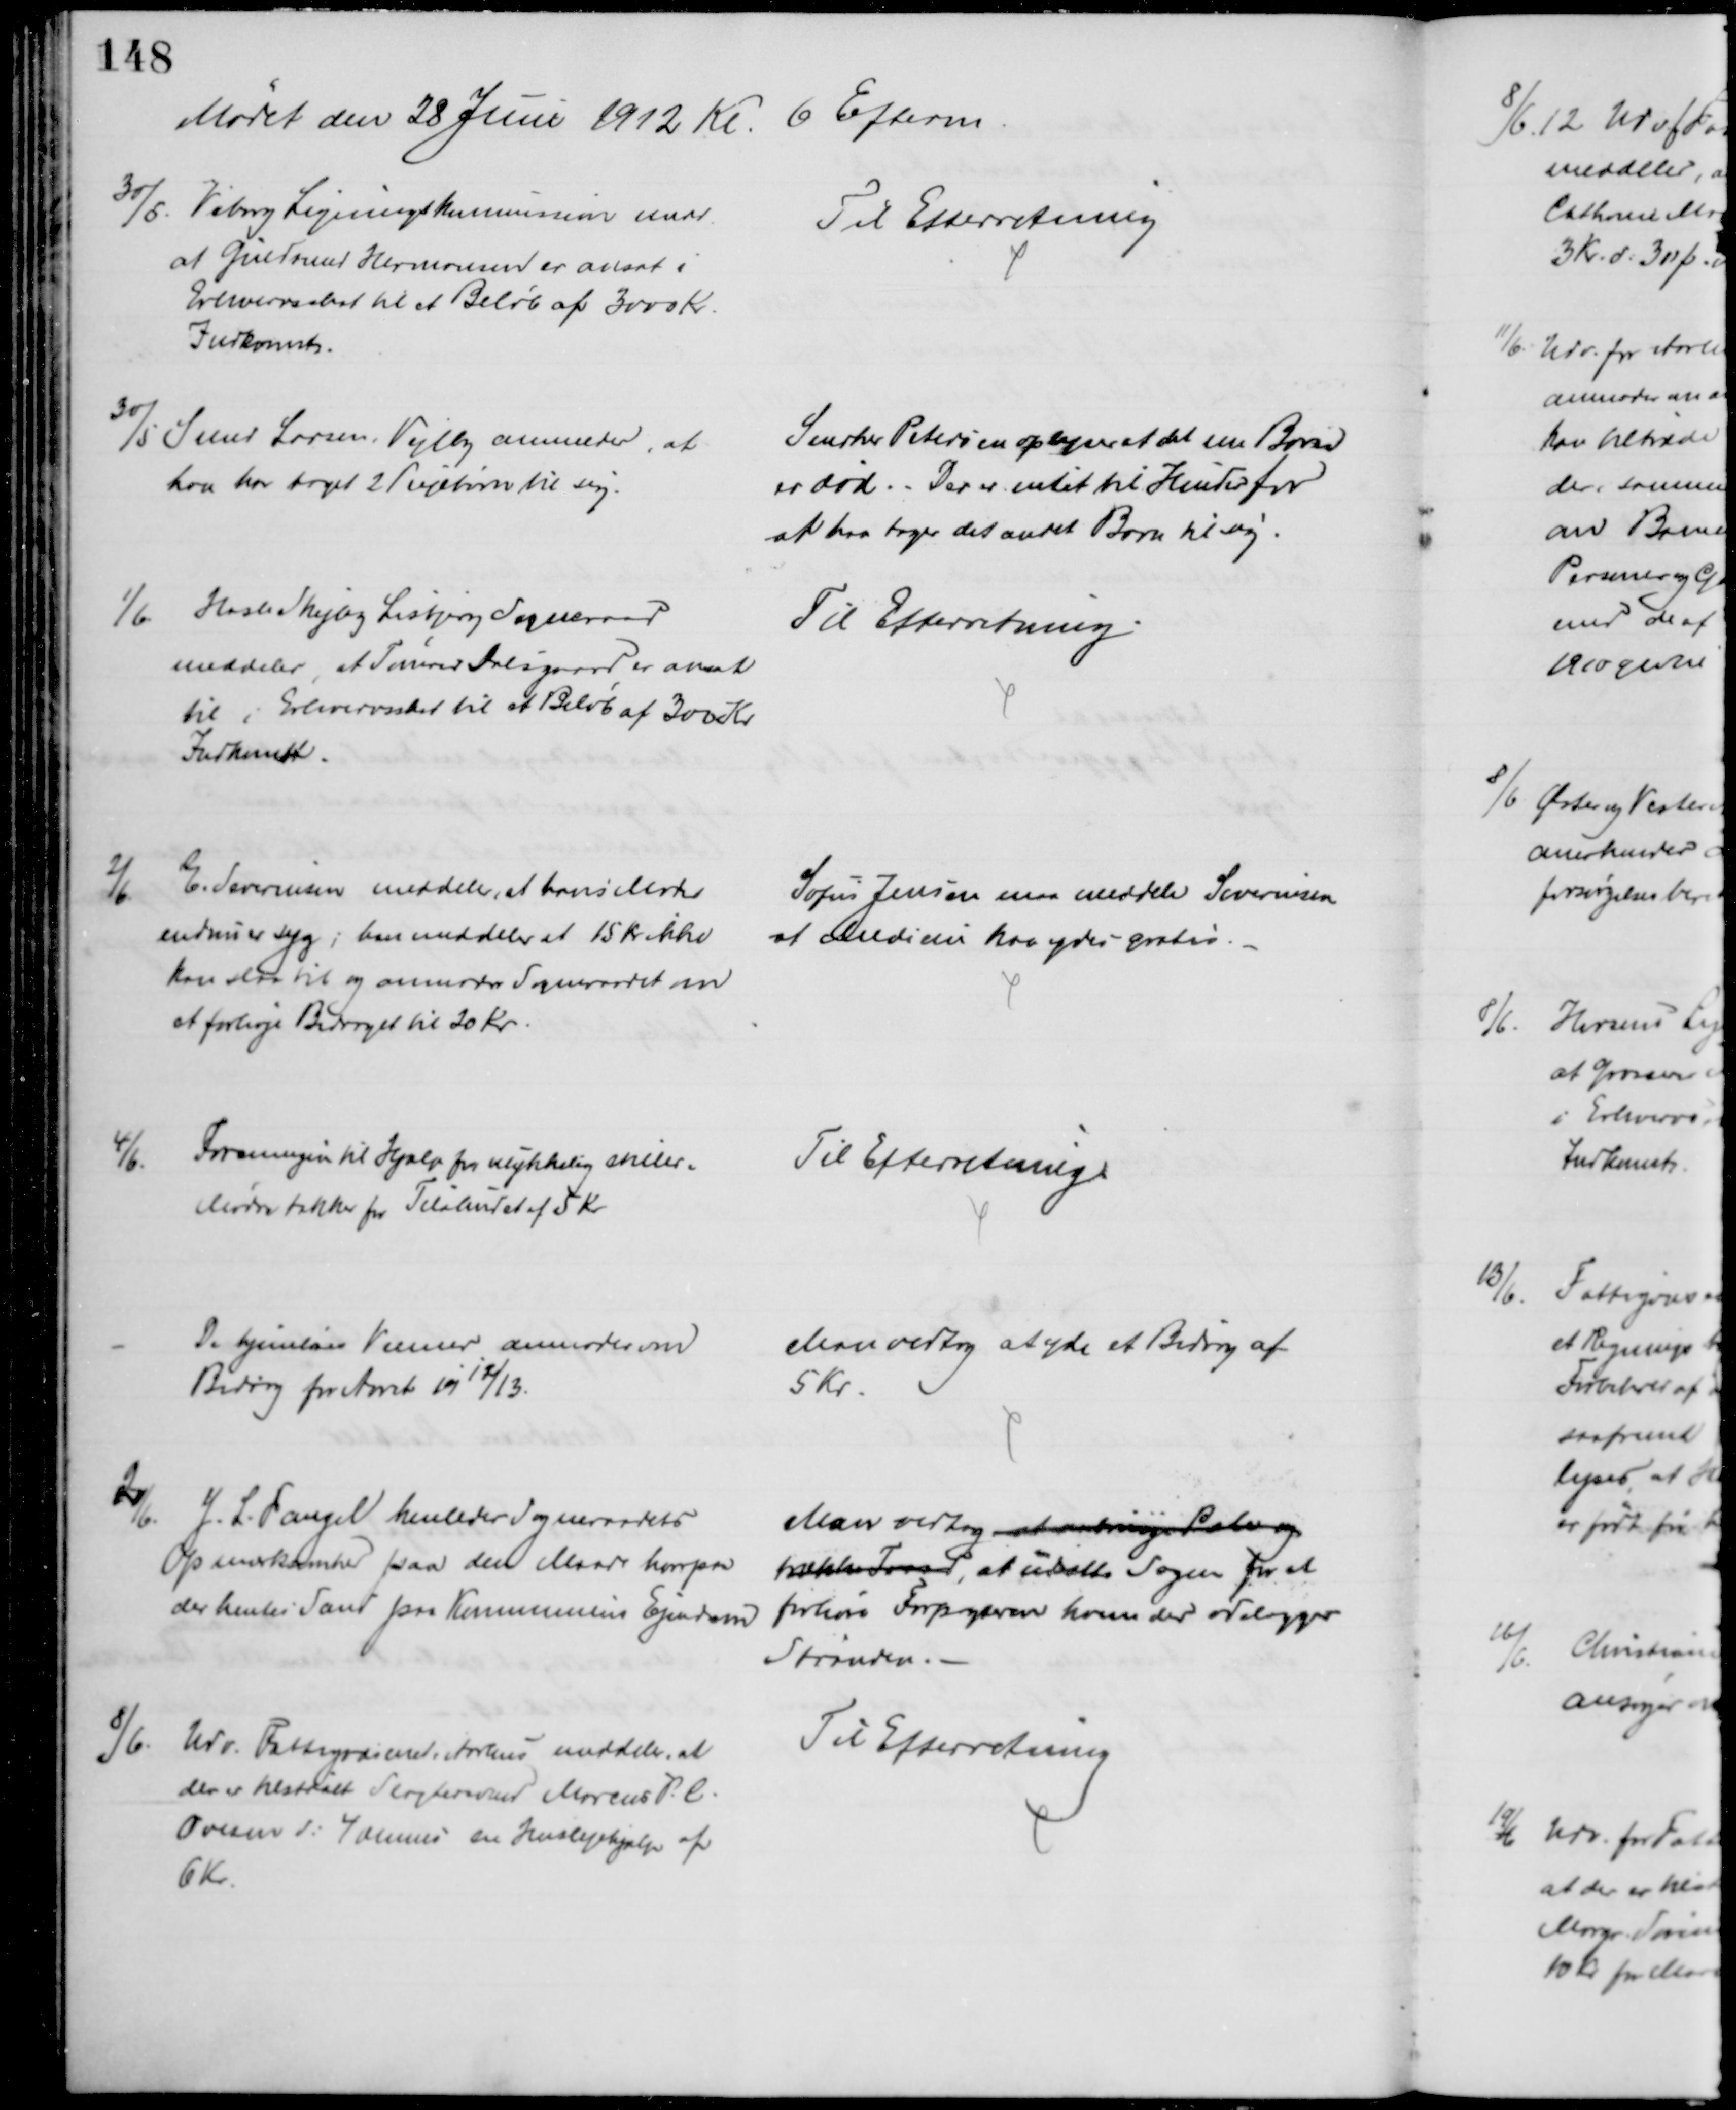
Transskription:
Mødet den 28 Juni 1912 Kl. 6 Efterm
30/5.
Viborg Ligningskommission medd.
at Guldmand Hermansen er ansat i
Erhvervsskat til et Beløb af 3000 Kr. 
Indkomst.
Til Efterretning
30/5 Smed Larsen, Vejlby anmelder, at
han har taget 2 Pigebørn til sig.
Snedker Petersen oplyser at det ene Barn
er død. Der er intet til Hinder for 
at han tager det andet Barn til sig.
1/6.
Hasle Skejby Lisbjerg Sogneraad
meddeler at Tømrer Dalsgaard er ansat
til i Erhvervsskat til et Beløb af 300 Kr.
Indkomst.
Til Efterretning
2/6.
E. Severinsen meddeler, at hans Moder
endnu er syg; han meddeler at 15 Kr ikke
kan slaa til og anmoder Sogneraadet om
at forhøje Bidraget til 20 Kr.
Sofus Jensen maa meddele Severiensen
af Medicin kan ydes gratis.
4/6.
Foreningen til Hjælp for ulykkelig stillede
Mødre takker for Tilskudet af 5 Kr
Til Efterretning
De hjemløses Venner anmoder om
Bidrag for Aaret 1912/13.
Man vedtog at yde et Bidrag af 
5 Kr.
2/6.
J. L. Fangel henleder Sogneraadets
Opmærksomhed paa den Maade hvorpaa
der hentes Sand paa Kommunens Ejendom
Man vedtog at anbringe Pæle og 
trække Traad, at udsætte Sagen for at
forhøre Forpagteren hvem der ødelægger
Stranden. 
8/6.
Udv. Fattigvæsenet i Aarhus meddeler, at
der er tilstaaet Slagtersvend Marcus P. C.
Ovesen d: 4 dennes en Huslejehjælp af
6 Kr.
Til Efterretning